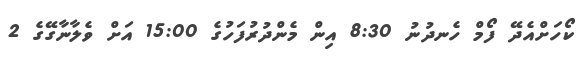
ކޯހަށްއެދޭ ފޯމް ހެނދުނު 8:30 އިން މެންދުރުފަހުގެ 15:00 އަށް ވެލާނާގޭގެ 2